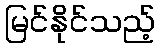
မြင်နိုင်သည့်